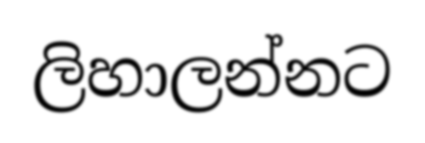
ලිහාලන්නට